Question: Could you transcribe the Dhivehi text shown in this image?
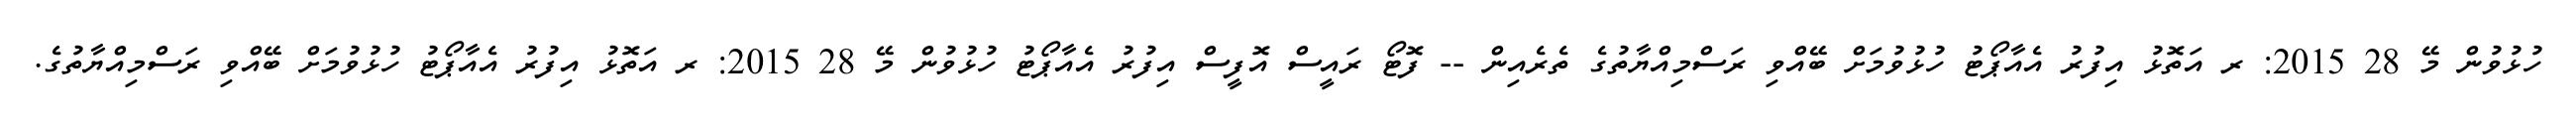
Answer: ހުޅުވުން މޭ 28 2015: ރ އަތޮޅު އިފުރު އެއާޕޯޓު ހުޅުވުމަށް ބޭއްވި ރަސްމިއްޔާތުގެ ތެރެއިން -- ފޮޓޯ ރައީސް އޮފީސް އިފުރު އެއާޕޯޓު ހުޅުވުން މޭ 28 2015: ރ އަތޮޅު އިފުރު އެއާޕޯޓު ހުޅުވުމަށް ބޭއްވި ރަސްމިއްޔާތުގެ.